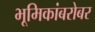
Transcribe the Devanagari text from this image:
भूमिकांबरोबर